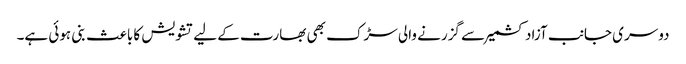
دوسری جانب آزاد کشمیر سے گزرنے والی سڑک بھی بھارت کے لیے تشویش کا باعث بنی ہوئی ہے۔